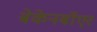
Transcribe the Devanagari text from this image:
बेकेनबॉएर